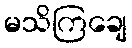
မသိကြချေ